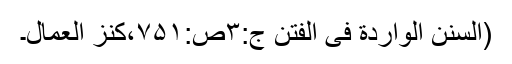
(السنن الواردة فی الفتن ج:۳ص:۷۵۱،کنز العمال۔